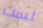
لست